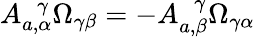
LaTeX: A_{a,\alpha}^{~~~\gamma}\Omega_{\gamma\beta}=-A_{a,\beta}^{~~~\gamma}\Omega_{\gamma\alpha}